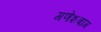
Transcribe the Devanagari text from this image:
गणेशबाग